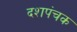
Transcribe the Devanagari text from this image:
दशपंचक